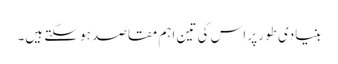
بنیادی طور پر اس کی تین اہم مقاصد ہو سکتے ہیں۔